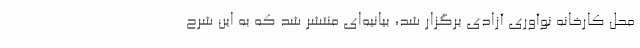
محل کارخانه نوآوری آزادی برگزار شد، بیانیه‌ای منتشر شد که به این شرح